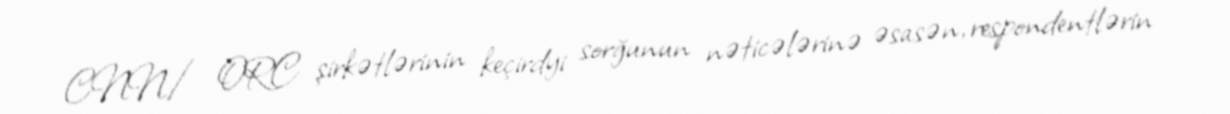
CNN/ ORC şirkətlərinin keçirdyi sorğunun nəticələrinə əsasən, respondentlərin